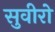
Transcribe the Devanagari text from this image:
सुवीरो